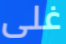
غلى